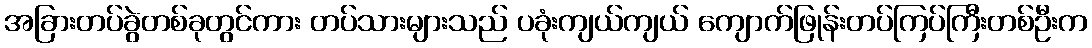
အခြားတပ်ခွဲတစ်ခုတွင်ကား တပ်သားများသည် ပခုံးကျယ်ကျယ် ကျောက်ဖြုန်းတပ်ကြပ်ကြီးတစ်ဦးက